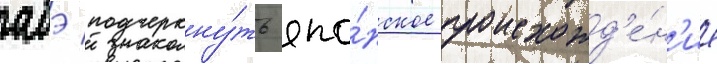
абэ подчеркну́ть япо́нское происхожд'е́н'ие